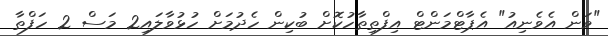
"ވަން އެވެނިއު" އެޕާޓްމަންޓް އިފްތިތާހުކޮށް ބުކިން ހެދުމަށް ހުޅުވާލައި2 މަސް 2 ހަފްތާ